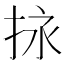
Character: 𢬠